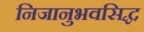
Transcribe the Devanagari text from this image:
निजानुभवसिद्ध